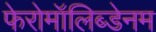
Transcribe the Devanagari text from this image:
फेरोमॉलिब्डेनम